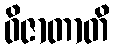
ဝိဇာတာတိ